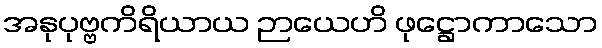
အနုပုဗ္ဗကိရိယာယ ဉာယေဟိ ဖုဋ္ဌောကာသော